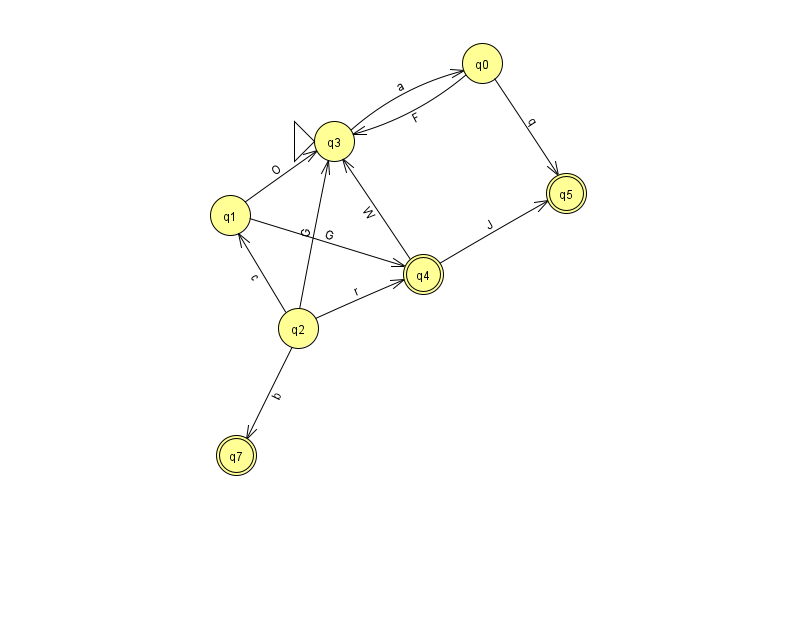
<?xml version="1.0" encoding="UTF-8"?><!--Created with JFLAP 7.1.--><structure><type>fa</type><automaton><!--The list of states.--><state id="0" name="q0"><x>482.0</x><y>50.0</y></state><state id="1" name="q1"><x>230.0</x><y>202.0</y></state><state id="2" name="q2"><x>298.0</x><y>315.0</y></state><state id="3" name="q3"><x>334.0</x><y>128.0</y><initial/></state><state id="4" name="q4"><x>423.0</x><y>261.0</y><final/></state><state id="5" name="q5"><x>566.0</x><y>180.0</y><final/></state><state id="7" name="q7"><x>236.0</x><y>442.0</y><final/></state><!--The list of transitions.--><transition><from>4</from><to>5</to><read>J</read></transition><transition><from>2</from><to>1</to><read>c</read></transition><transition><from>2</from><to>3</to><read>G</read></transition><transition><from>2</from><to>4</to><read>r</read></transition><transition><from>3</from><to>0</to><read>a</read></transition><transition><from>0</from><to>5</to><read>q</read></transition><transition><from>1</from><to>4</to><read>G</read></transition><transition><from>1</from><to>3</to><read>O</read></transition><transition><from>0</from><to>3</to><read>F</read></transition><transition><from>4</from><to>3</to><read>W</read></transition><transition><from>2</from><to>7</to><read>b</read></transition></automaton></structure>